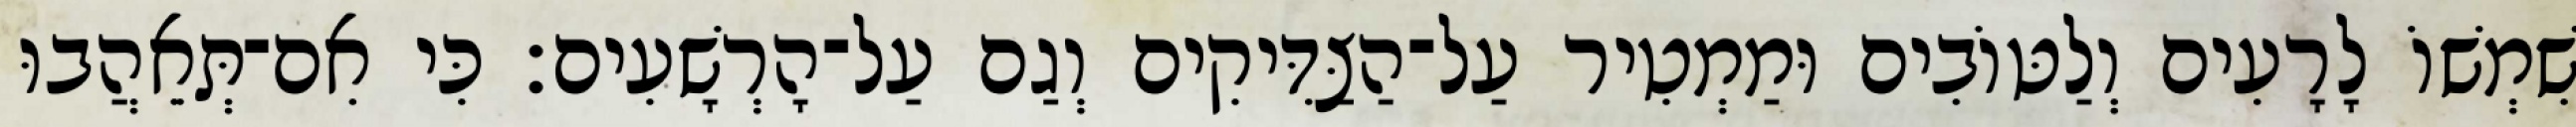
שִׁמְשׁוֹ לָרָעִים וְלַטּוֹבִים וּמַמְטִיר עַל־הַצַּדִּיקִים וְגַם עַל־הָרְשָׁעִים׃ כִּי אִם־תְּאֵהֲבוּ